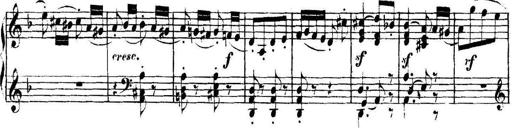
Title: Collected Piano Sonatas
Composer: Muzio Clementi